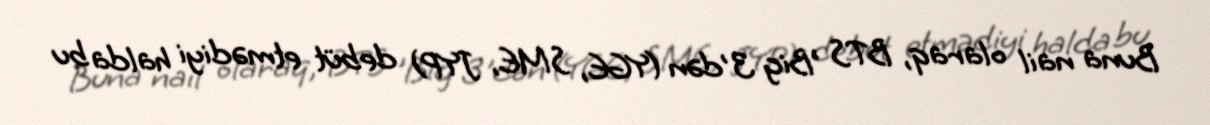
Buna nail olaraq, BTS 'Big 3'dən (YGE, SME, JYP) debüt etmədiyi halda bu